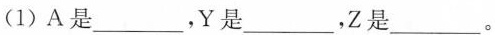
(1)A是___，Y是___，Z是___。